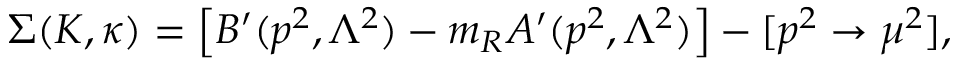
\Sigma ( K , \kappa ) = \left[ B ^ { \prime } ( p ^ { 2 } , \Lambda ^ { 2 } ) - m _ { R } A ^ { \prime } ( p ^ { 2 } , \Lambda ^ { 2 } ) \right] - [ p ^ { 2 } \rightarrow \mu ^ { 2 } ] ,